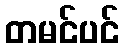
တမင်ပင်